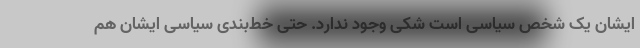
ایشان یک شخص سیاسی است شکی وجود ندارد. حتی خط‌بندی سیاسی ایشان هم